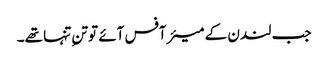
جب لندن کے میئر آفس آئے تو تنِ تنہا تھے۔